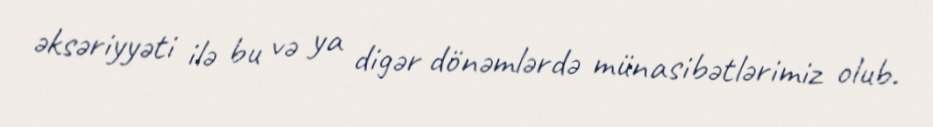
əksəriyyəti ilə bu və ya digər dönəmlərdə münasibətlərimiz olub.